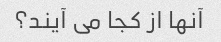
آنها از کجا می آیند؟